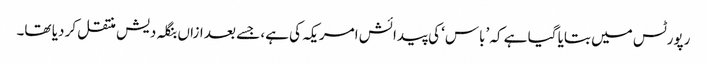
رپورٹس میں بتایا گیا ہے کہ ’باس‘ کی پیدائش امریکہ کی ہے، جسے بعد ازاں بنگلہ دیش منتقل کر دیا تھا۔